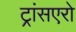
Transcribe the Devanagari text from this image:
ट्रांसएरो